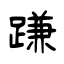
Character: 𨃰